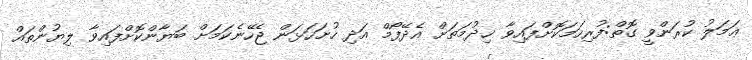
ޢަމަލު ކުރަންވީ ގޮތް:ފުރިހަމަކޮށްފައިވާ ޚިދުމަތަށް އެދޭފޯމް އަދި ހުށަހަޅަން ޖެހޭނެކަމަށް ބަޔާންކޮށްފައިވާ ލިޔުންތައް